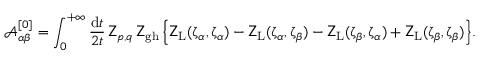
{ \mathcal A } _ { \alpha \beta } ^ { [ 0 ] } = \int _ { 0 } ^ { + \infty } \frac { \mathrm { d } t } { 2 t } \, \mathsf { Z } _ { p , q } \, \mathsf { Z } _ { \mathrm { g h } } \, \Big \{ \mathsf { Z } _ { \mathrm { L } } ( \upzeta _ { \alpha } , \upzeta _ { \alpha } ) - \mathsf { Z } _ { \mathrm { L } } ( \upzeta _ { \alpha } , \upzeta _ { \beta } ) - \mathsf { Z } _ { \mathrm { L } } ( \upzeta _ { \beta } , \upzeta _ { \alpha } ) + \mathsf { Z } _ { \mathrm { L } } ( \upzeta _ { \beta } , \upzeta _ { \beta } ) \Big \} .